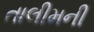
તાલીમની